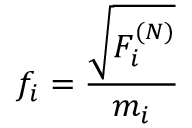
f _ { i } = \frac { \sqrt { F _ { i } ^ { ( N ) } } } { m _ { i } }